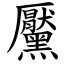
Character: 黶